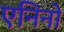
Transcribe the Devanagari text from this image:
एनिनो